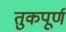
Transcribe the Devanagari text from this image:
तुकपूर्ण